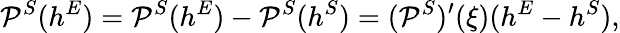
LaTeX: {\cal P}^{S}(h^{E})={\cal P}^{S}(h^{E})-{\cal P}^{S}(h^{S})=({\cal P}^{S})^{\prime}(\xi)(h^{E}-h^{S}),